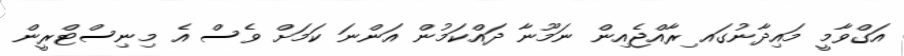
އަގްވާމީ މައިދާނުގައ ިރާއްޖެއިން ނަމޫނާ ދައްކަމުން އަންނަ ކަމަށް ވެސް އެ މިނިސްޓްރީން